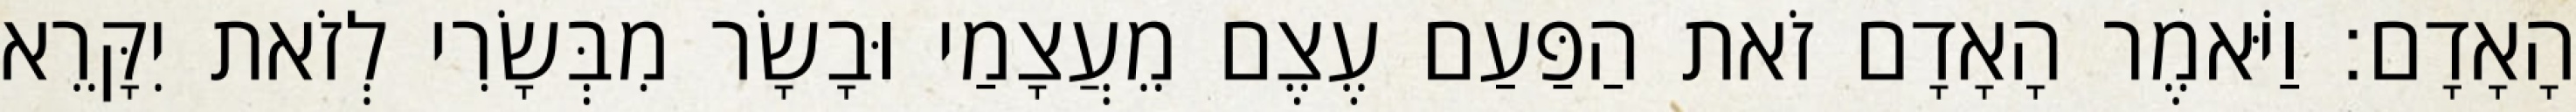
הָאָדָם׃ וַיֹּאמֶר הָאָדָם זֹאת הַפַּעַם עֶצֶם מֵעֲצָמַי וּבָשָׂר מִבְּשָׂרִי לְזֹאת יִקָּרֵא